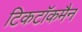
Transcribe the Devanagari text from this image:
टिकटॉकमैन